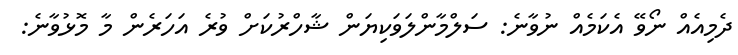
ދެމިއެއް ނޯވޭ އެކަމެއް ނުވާނެ: ސަލްމާންލަވަކިޔަން ޝާހްރުކަށް ވުރެ އަހަރެން މާ މޮޅުވާނެ: